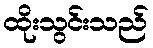
ထိုးသွင်းသည်